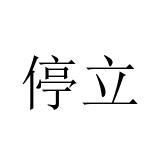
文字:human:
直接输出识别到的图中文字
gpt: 停立